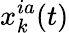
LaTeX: x_{k}^{ia}(t)